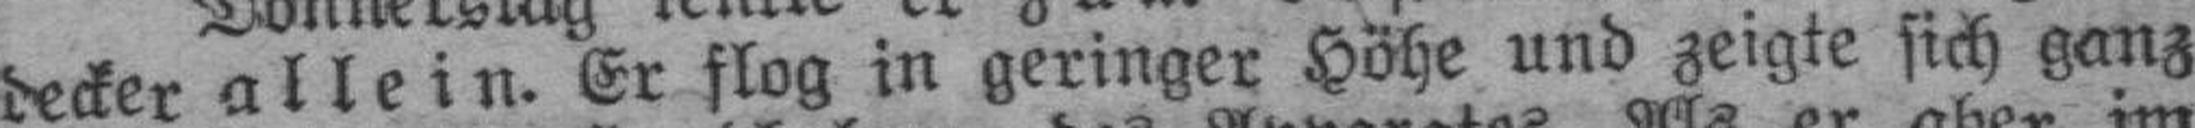
decker allein. Er flog in geringer Höhe und zeigte sich ganz